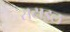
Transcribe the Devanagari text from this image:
सटाइल